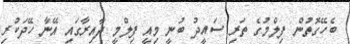
ބެހޭގޮތުން ފިލްމުގެ ތަރި ސައީދު ބުނީ މިއީ ފިލްމީ ދާއިރާގައި އޭނާ ހޭދަކުރި